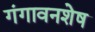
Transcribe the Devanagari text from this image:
गंगावनशेष